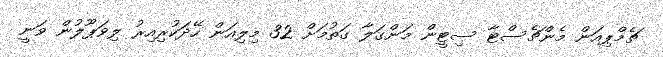
ޗެމްޕިއަން މެންޗެސްޓާ ސިޓީން މަންގަލާ ގަތުމަށް 32 މިލިއަން ހޭދަކުރިއިރު ލިވަޕޫލުން ވަނީ